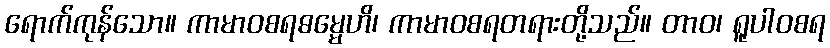
ရောက်ကုန်သော။ ကာမာဝစရဓမ္မေဟိ၊ ကာမာဝစရတရားတို့သည်။ တာဝ၊ ရူပါဝစရ